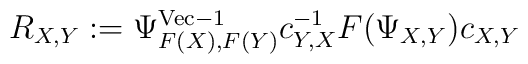
R_{X,Y}:=\Psi^{{\rm Vec}-1}_{F(X),F(Y)}c^{-1}_{Y,X}F(\Psi_{X,Y})c_{X,Y}